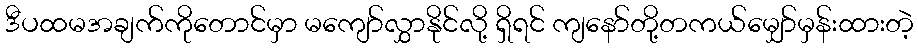
ဒီပထမအချက်ကိုတောင်မှာ မကျော်လွှာနိုင်လို့ ရှိရင် ကျနော်တို့တကယ်မျှော်မှန်းထားတဲ့